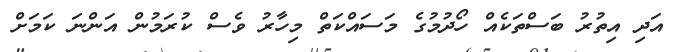
އަދި އިތުރު ބަސްތަކެއް ހޯދުމުގެ މަސައްކަތް މިހާރު ވެސް ކުރަމުން އަންނަ ކަމަށް